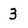
Character: 3